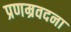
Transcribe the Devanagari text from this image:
प्रणम्रवदना